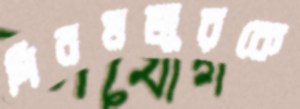
দিনমজুরকে